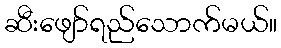
ဆီးဖျော်ရည်သောက်မယ်။